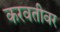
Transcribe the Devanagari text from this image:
करवतीवर